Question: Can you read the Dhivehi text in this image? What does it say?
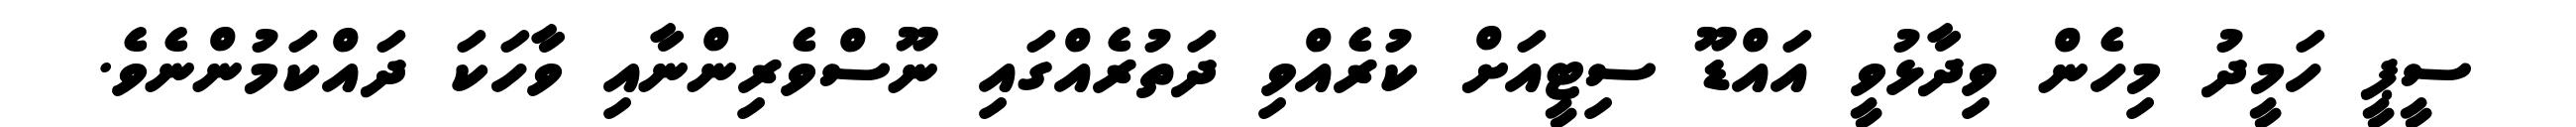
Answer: ސީޕީ ހަމީދު މިހެން ވިދާޅުވީ އައްޑޫ ސިޓީއަށް ކުރެއްވި ދަތުރެއްގައި ނޫސްވެރިންނާއި ވާހަކަ ދައްކަމުންނެވެ.